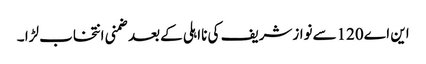
این اے120سےنوازشریف کی نااہلی کےبعدضمنی انتخاب لڑا ۔